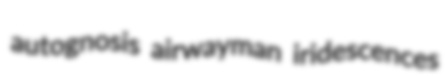
autognosis airwayman iridescences